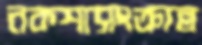
নকশাসংক্রান্ত